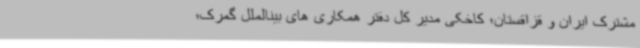
مشترک ایران و قزاقستان؛ کاخکی مدیر کل دفتر همکاری های بینالملل گمرک؛